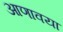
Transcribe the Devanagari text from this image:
आणावया